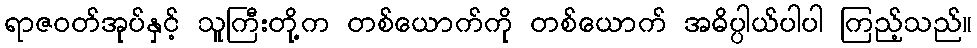
ရာဇဝတ်အုပ်နှင့် သူကြီးတို့က တစ်ယောက်ကို တစ်ယောက် အဓိပ္ပါယ်ပါပါ ကြည့်သည်။